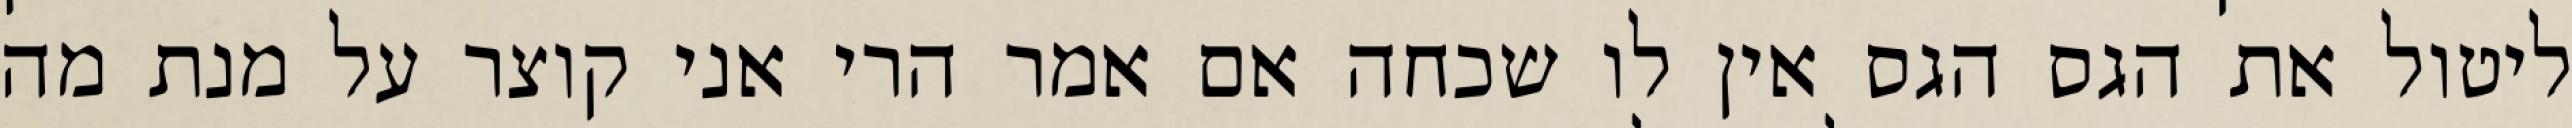
ליטול את הגס הגס אין לו שכחה אם אמר הרי אני קוצר על מנת מה